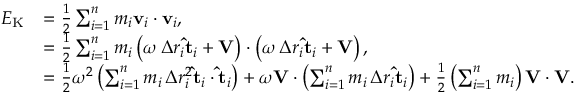
{ \begin{array} { r l } { E _ { \mathrm { K } } } & { = { \frac { 1 } { 2 } } \sum _ { i = 1 } ^ { n } m _ { i } \mathbf { v } _ { i } \cdot \mathbf { v } _ { i } , } \\ & { = { \frac { 1 } { 2 } } \sum _ { i = 1 } ^ { n } m _ { i } \left( \omega \, \Delta r _ { i } \mathbf { \hat { t } } _ { i } + \mathbf { V } \right) \cdot \left( \omega \, \Delta r _ { i } \mathbf { \hat { t } } _ { i } + \mathbf { V } \right) , } \\ & { = { \frac { 1 } { 2 } } \omega ^ { 2 } \left( \sum _ { i = 1 } ^ { n } m _ { i } \, \Delta r _ { i } ^ { 2 } \mathbf { \hat { t } } _ { i } \cdot \mathbf { \hat { t } } _ { i } \right) + \omega \mathbf { V } \cdot \left( \sum _ { i = 1 } ^ { n } m _ { i } \, \Delta r _ { i } \mathbf { \hat { t } } _ { i } \right) + { \frac { 1 } { 2 } } \left( \sum _ { i = 1 } ^ { n } m _ { i } \right) \mathbf { V } \cdot \mathbf { V } . } \end{array} }